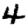
Digit: 4